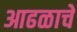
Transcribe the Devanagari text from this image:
आढळाचे